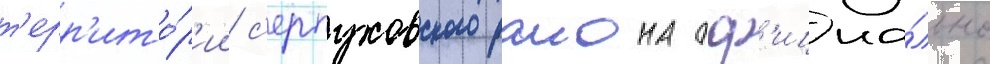
т'ерр'ито́р'ии с'ерпуховского раиона оф'ициа́льно